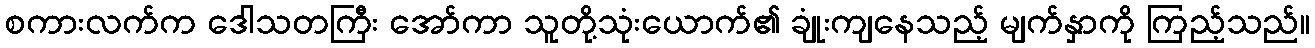
စကားလက်က ဒေါသတကြီး အော်ကာ သူတို့သုံးယောက်၏ ချုံးကျနေသည့် မျက်နှာကို ကြည့်သည်။